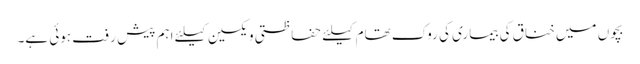
بچوں میں خناق کی بیماری کی روک تھام کیلئے حفاظتی ویکسین کیلئے اہم پیش رفت ہوئی ہے۔